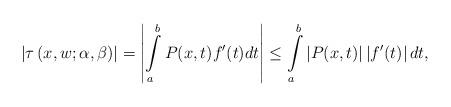
LaTeX: \begin{align*}\left\vert \tau \left( x,w;\alpha ,\beta \right) \right\vert =\left\vert\int\limits_{a}^{b}P(x,t)f^{\prime }(t)dt\right\vert \leq\int\limits_{a}^{b}\left\vert P(x,t)\right\vert \left\vert f^{\prime}(t)\right\vert dt, \end{align*}